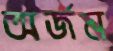
অর্জন